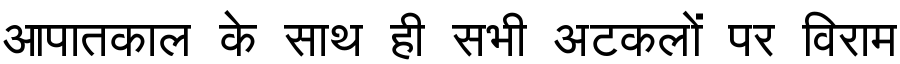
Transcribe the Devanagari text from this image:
आपातकाल के साथ ही सभी अटकलों पर विराम